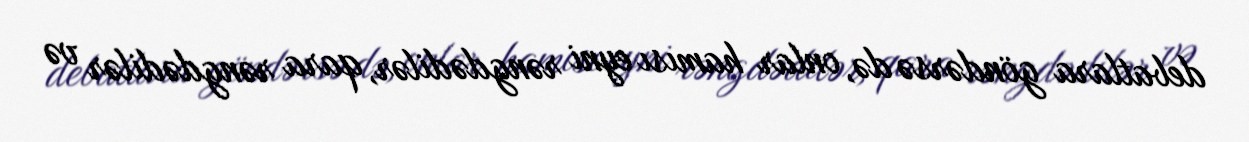
debatlara göndərsə də, onlar hamısı eyni rəngdədilər, qara rəngdədilər və